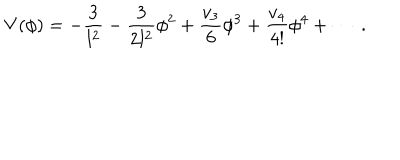
V ( \phi ) = - \frac 3 { l ^ { 2 } } - \frac 3 { 2 l ^ { 2 } } \phi ^ { 2 } + \frac { v _ { 3 } } { 6 } \phi ^ { 3 } + \frac { v _ { 4 } } { 4 ! } \phi ^ { 4 } + \cdots ~ .